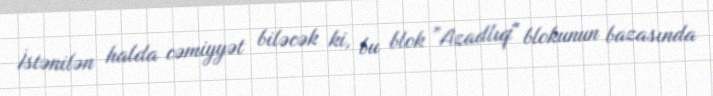
İstənilən halda cəmiyyət biləcək ki, bu blok ”Azadlıq" blokunun bazasında